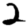
Digit: 2